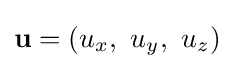
\mathbf {u} =\left(u_{x},\ u_{y},\ u_{z}\right)